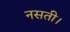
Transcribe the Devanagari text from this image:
नसती।